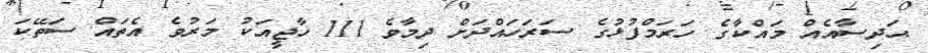
ޙަދިސާއެއް މައްކާގެ ހަރަމްފުޅުގެ ސަރަހައްދަށް ދިމާވެ 111 ހާޖީއަކު މަރުވެ އެތައް ސަތޭކަ